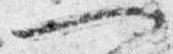
一